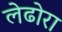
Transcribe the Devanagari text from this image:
लेढोरा